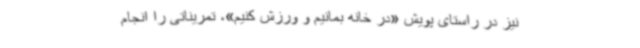
نیز در راستای پویش «در خانه بمانیم و ورزش کنیم»، تمریناتی را انجام